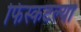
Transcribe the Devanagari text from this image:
फिस्कटल्या